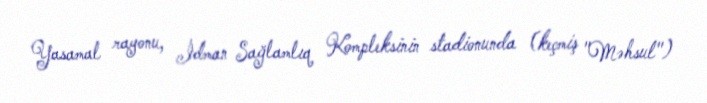
Yasamal rayonu, İdman Sağlamlıq Kompleksinin stadionunda (keçmiş "Məhsul")